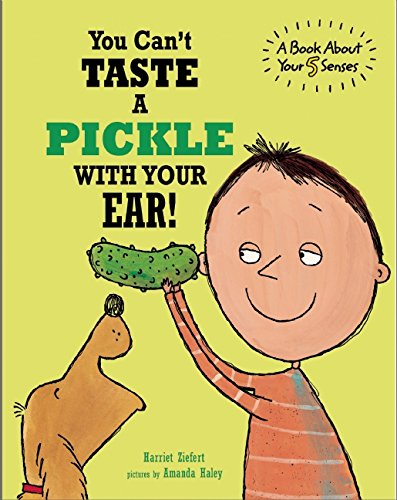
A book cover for You Can't Taste a Pickle With Your Ear; Harriet Ziefert; Children's Books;